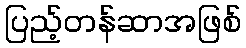
ပြည့်တန်ဆာအဖြစ်